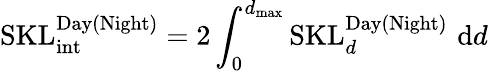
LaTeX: \mathrm{SKL}_{\mathrm{int}}^{\mathrm{Day(Night)}}=2\int_{0}^{d_{\mathrm{max}}}\mathrm{SKL}_{d}^{\mathrm{Day(Night)}}\, \, \mathrm{d}d